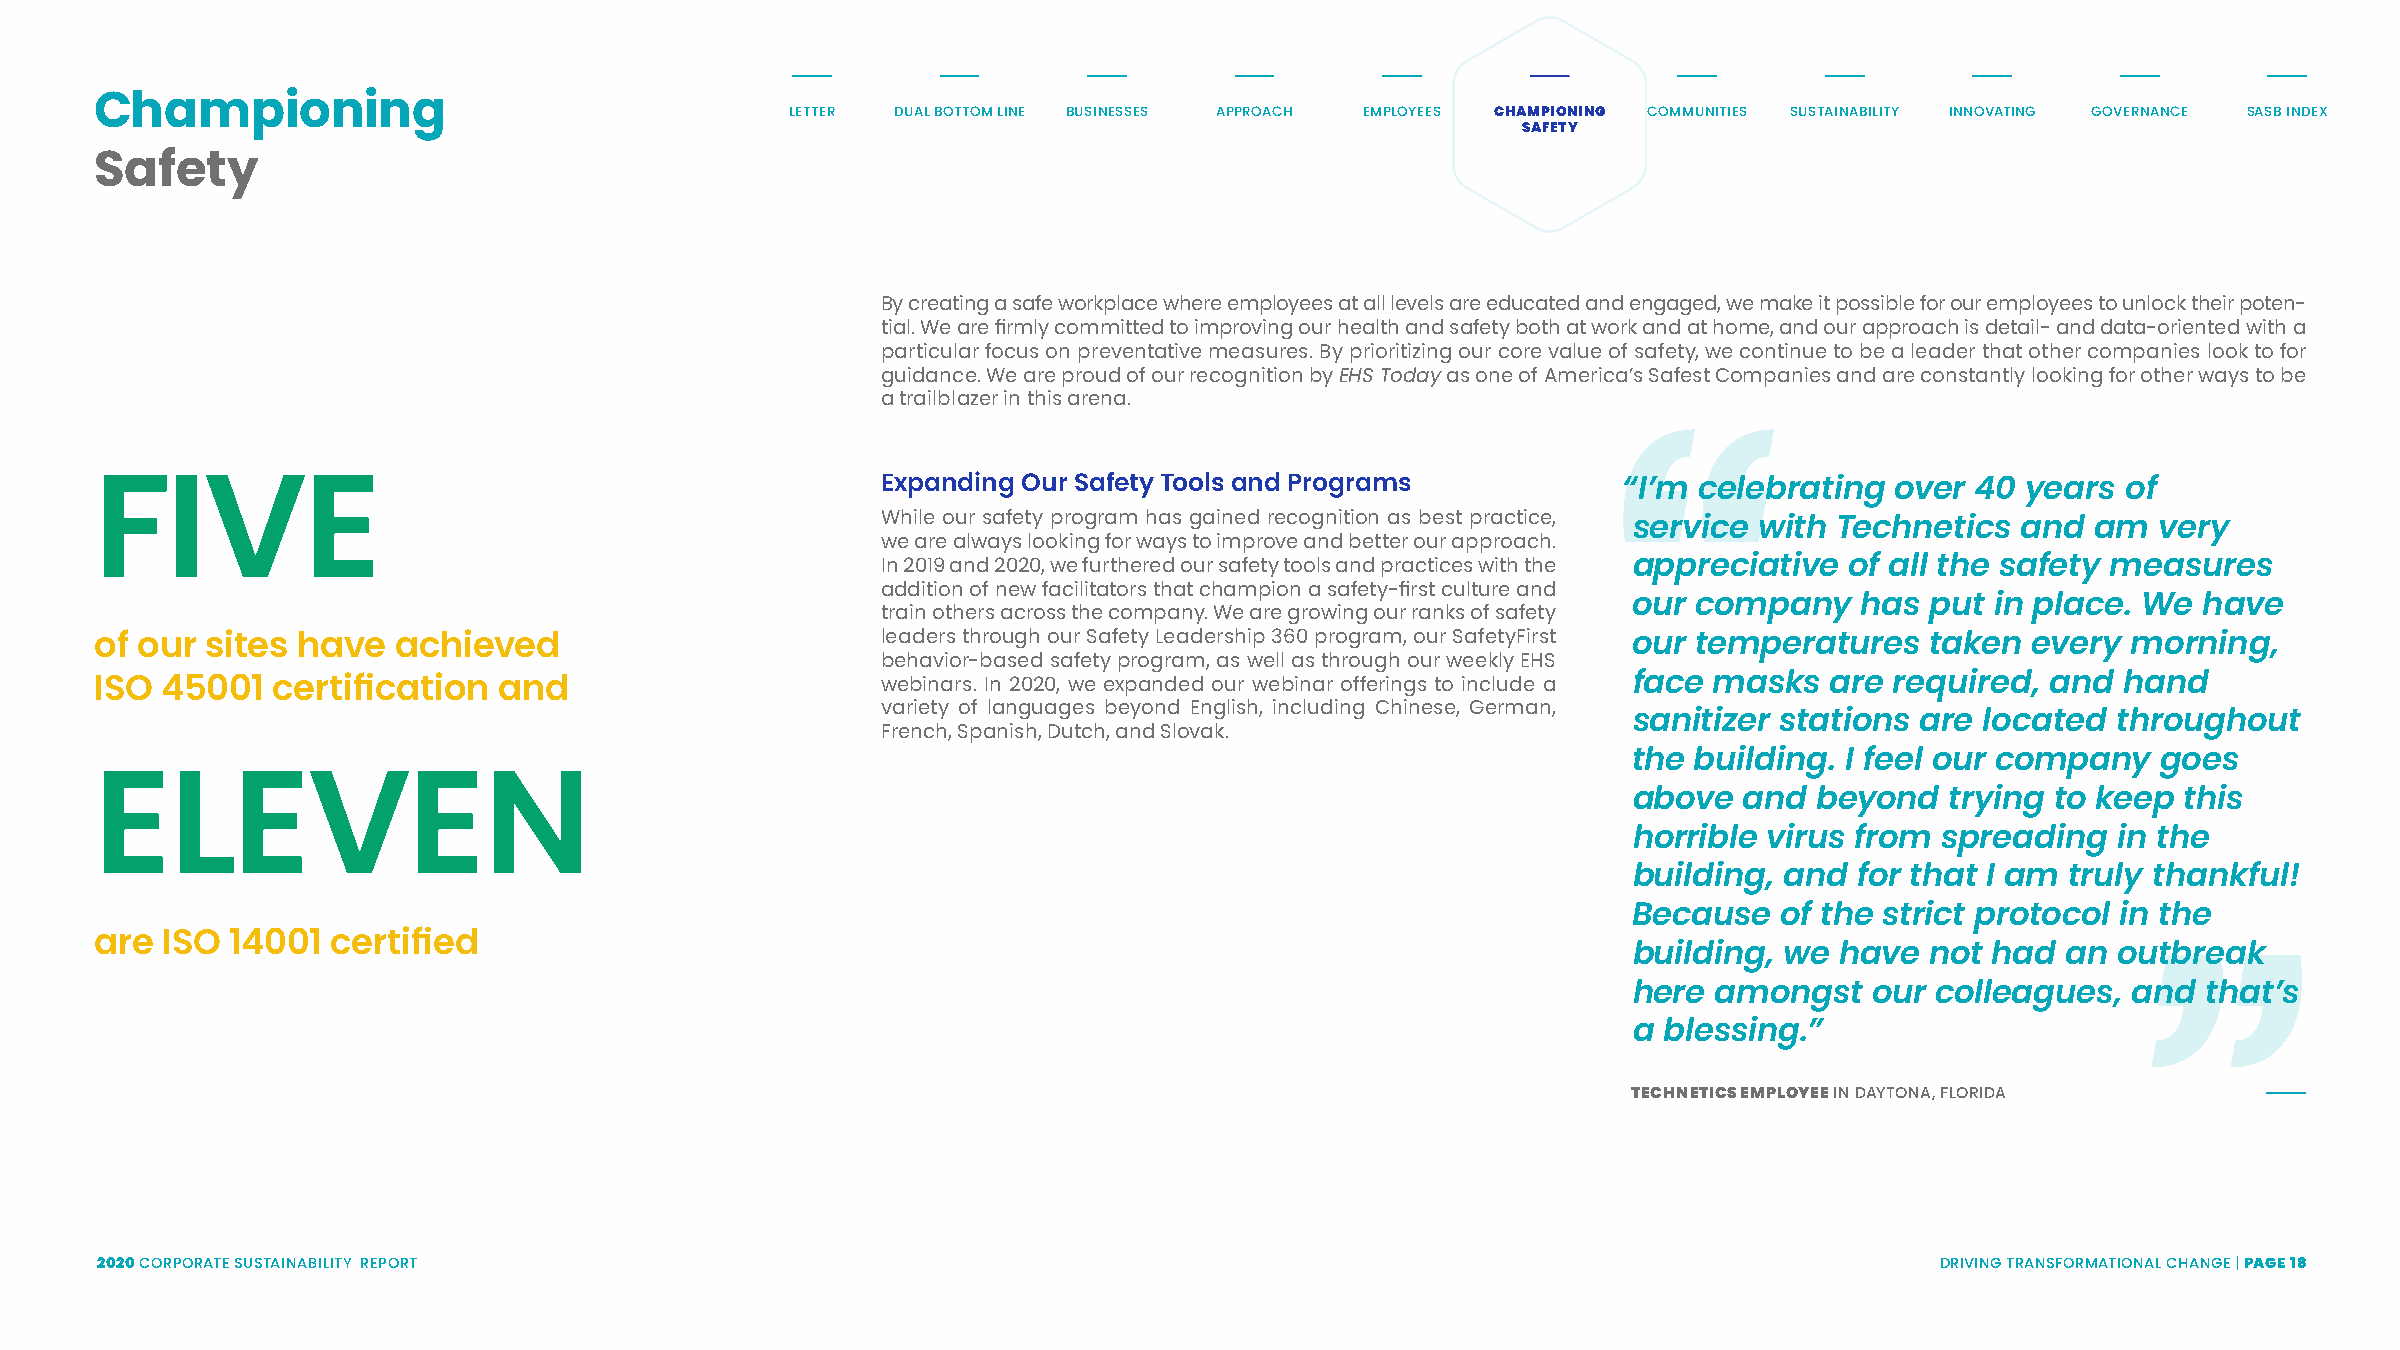
Championing                                   LETTER DUAL BOTTOM LINE BUSINESSES APPROACH EMPLOYEES CHAMPIONING COMMUNITIES SUSTAINABILITY INNOVATING GOVERNANCE SASB INDEX
 SAFETY
 Safety
 By creating a safe workplace where employees at all levels are educated and engaged, we make it possible for our employees to unlock their poten-
 tial. We are firmly committed to improving our health and safety both at work and at home, and our approach is detail- and data-oriented with a
 particular focus on preventative measures. By prioritizing our core value of safety, we continue to be a leader that other companies look to for
 guidance. We are proud of our recognition by EHS Today as one of America’s Safest Companies and are constantly looking for other ways to be
 a trailblazer in this arena.
 Expanding Our Safety Tools and Programs          “I’m celebrating  over  40 years  of
 FIVE                                                While our safety program has gained recognition as best practice,
 service with  Technetics  and  am  very
 we are always looking for ways to improve and better our approach.
 In 2019 and 2020, we furthered our safety tools and practices with the appreciative of all the safety measures
 addition of new facilitators that champion a safety-first culture and
 our company    has  put in place. We  have
 train others across the company. We are growing our ranks of safety “
 of our  sites have  achieved                        leaders through our Safety Leadership 360 program, our SafetyFirst our temperatures taken every morning,
 behavior-based safety program, as well as through our weekly EHS
 ISO  45001  certification  and                      webinars. In 2020, we expanded our webinar offerings to include a face masks are required, and hand
 variety of languages beyond English, including Chinese, German,
 sanitizer stations are located  throughout
 French, Spanish, Dutch, and Slovak.
 the building. I feel our company   goes
 above  and  beyond   trying to keep  this
 ELEVEN
 horrible virus from  spreading  in the
 building, and  for that I am truly thankful!
 Because   of the strict protocol in the
 are  ISO 14001  certified
 building, we  have  not had  an outbreak
 here  amongst   our colleagues,  and  that’s
 a blessing.”
 TECHNETICS EMPLOYEE IN DAYTONA, FLORIDA
 ”
 2020 CORPORATE SUSTAINABILITY REPORT                                                                                      DRIVING TRANSFORMATIONAL CHANGE | PAGE 18